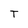
Character: T